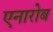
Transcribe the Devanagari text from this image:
एनारोब